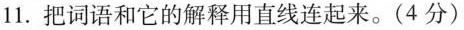
11.把词语和它的解释用直线连起来。(4分)